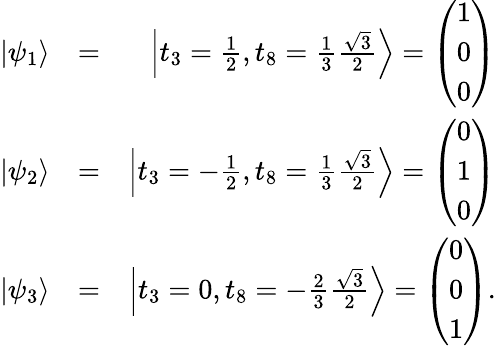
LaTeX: \begin{array}{rlr}{|\psi_{1}\rangle}&{=}&{\left|t_{3}=\frac{1}{2},t_{8}=\frac{1}{3}\frac{\sqrt{3}}{2}\right\rangle=\left(\begin{array}{l}{1}\\ {0}\\ {0}\end{array}\right)}\\ {|\psi_{2}\rangle}&{=}&{\left|t_{3}=-\frac{1}{2},t_{8}=\frac{1}{3}\frac{\sqrt{3}}{2}\right\rangle=\left(\begin{array}{l}{0}\\ {1}\\ {0}\end{array}\right)}\\ {|\psi_{3}\rangle}&{=}&{\left|t_{3}=0,t_{8}=-\frac{2}{3}\frac{\sqrt{3}}{2}\right\rangle=\left(\begin{array}{l}{0}\\ {0}\\ {1}\end{array}\right).}\end{array}